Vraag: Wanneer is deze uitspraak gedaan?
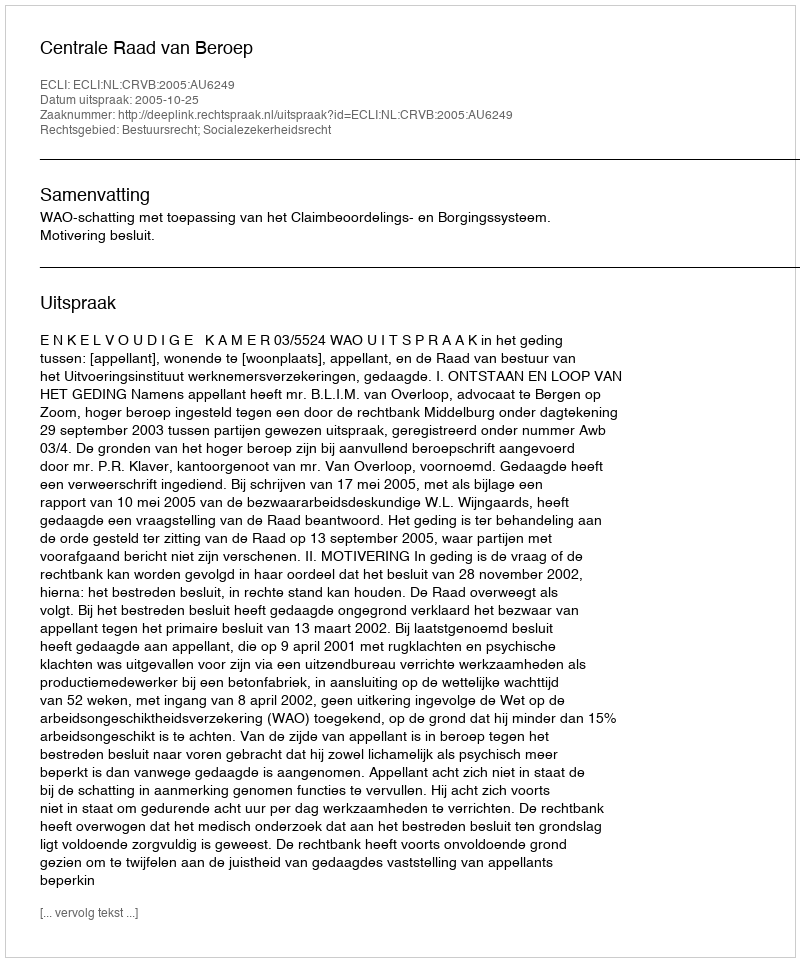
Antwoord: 2005-10-25